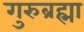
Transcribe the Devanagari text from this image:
गुरुब्रह्मा